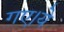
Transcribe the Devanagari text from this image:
गए।ये